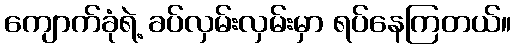
ကျောက်ခုံရဲ့ ခပ်လှမ်းလှမ်းမှာ ရပ်နေကြတယ်။